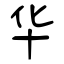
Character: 华